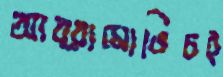
আব্রামোভিচই